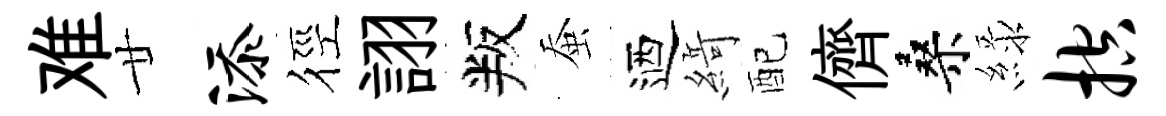
难廿添徑詡叛蚕迺𦂶配儕桑緑控